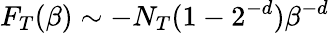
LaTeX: F_{T}(\beta)\sim-N_{T}(1-2^{-d})\beta^{-d}